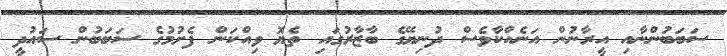
ސަބަބުންނާއި އީރާނުން އަނެއްކާވެސް ދުނިޔޭގެ ބާޒާރުގައި ތެޔޮ ވިއްކަން ފެށުމުގެ ސަބަބުން ސައުދީ